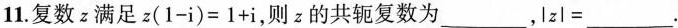
11.复数z满足$$z ( 1 - i ) = 1 + i$$，则z的共轭复数为___，$$\left | z \right | =___$$.